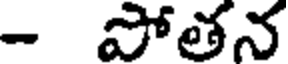
- పోతన